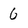
Character: 6